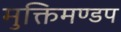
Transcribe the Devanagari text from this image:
मुक्तिमण्डप